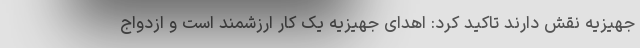
جهیزیه نقش دارند تاکید کرد: اهدای جهیزیه یک کار ارزشمند است و ازدواج